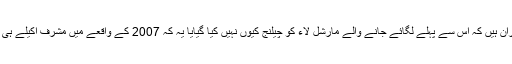
لوگ اس بات پر بھی حیران ہیں کہ اس سے پہلے لگائے جانے والے مارشل لاء کو چیلنج کیوں نہیں کیا گیایا یہ کہ 2007 کے واقعے میں مشرف اکیلے ہی شامل یا ذمہ دار نہ تھے۔